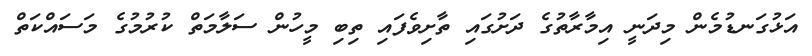
އަޅުގަނޑުމެން މިދަނީ އިމާރާތުގެ ދަށުގައި ތާށިވެފައި ތިބި މީހުން ސަލާމަތް ކުރުމުގެ މަސައްކަތް